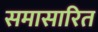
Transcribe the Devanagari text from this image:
समासारित